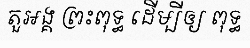
តួអង្គ ព្រះពុទ្ធ ដើម្បីឲ្យ ពុទ្ធ